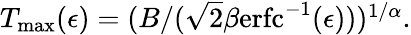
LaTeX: \begin{array}{r}{T_{\textrm{max}}(\epsilon)=(B/(\sqrt{2}\beta\textrm{erfc}^{-1}(\epsilon)))^{1/\alpha}.}\end{array}